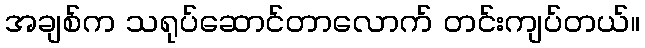
အချစ်က သရုပ်ဆောင်တာလောက် တင်းကျပ်တယ်။